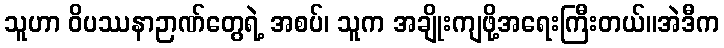
သူဟာ ဝိပဿနာဉာဏ်တွေရဲ့ အစပ်၊ သူက အချိုးကျဖို့အရေးကြီးတယ်။အဲဒီက